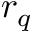
r _ { q }